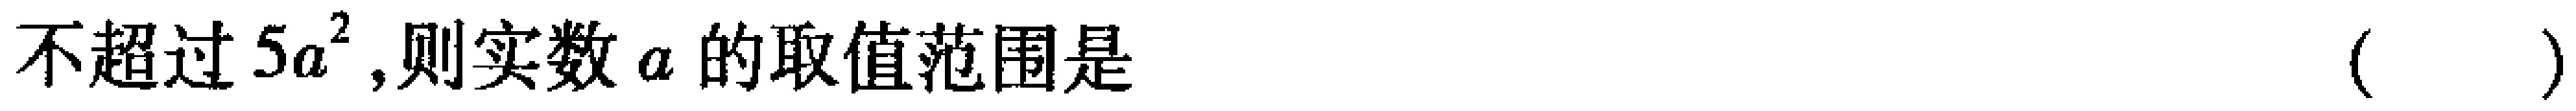
不超过\(5a^{2}\),则实数\(a\)的取值范围是 （  ）